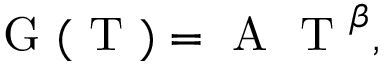
\mathrm { ~ G ~ } ( \mathrm { ~ T ~ } ) = \mathrm { ~ A ~ } \mathrm { ~ T ~ } ^ { \beta } ,